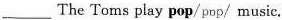
___ The Toms play pop/pɒp/ music.